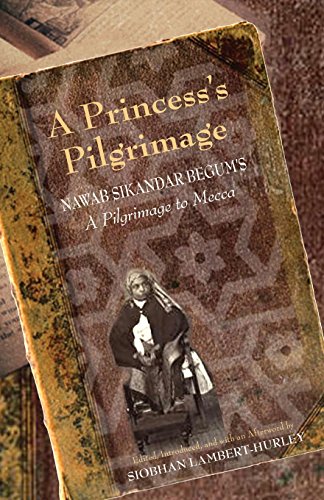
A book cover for A Princess's Pilgrimage: Nawab Sikandar Begum's A Pilgrimage to Mecca; Religion & Spirituality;